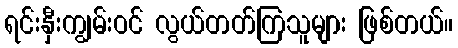
ရင်းနှီးကျွမ်းဝင် လွယ်တတ်ကြသူများ ဖြစ်တယ်။